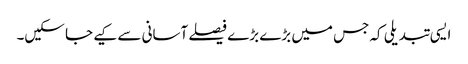
ایسی تبدیلی کہ جس میں بڑے بڑے فیصلے آسانی سے کیے جا سکیں۔